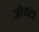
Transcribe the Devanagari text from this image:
ज़ोयटा